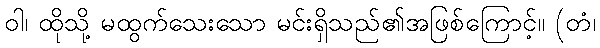
ဝါ၊ ထိုသို့ မထွက်သေးသော မင်းရှိသည်၏အဖြစ်ကြောင့်။ (တံ၊